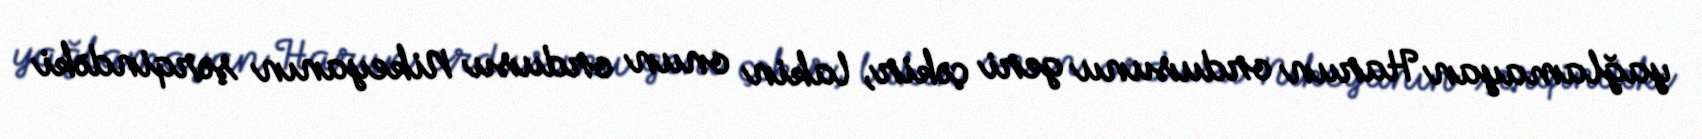
yağlamayan Harun ordusunu geri çəkir, lakin onun ordusu Nikeyanın şərqindəki